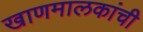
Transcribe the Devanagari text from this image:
खाणमालकांची